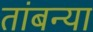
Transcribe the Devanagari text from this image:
तांबन्या